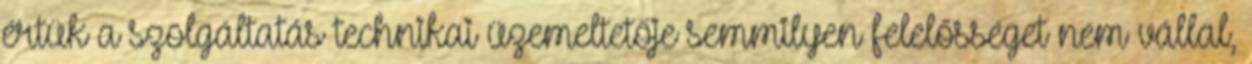
értük a szolgáltatás technikai üzemeltetője semmilyen felelősséget nem vállal,